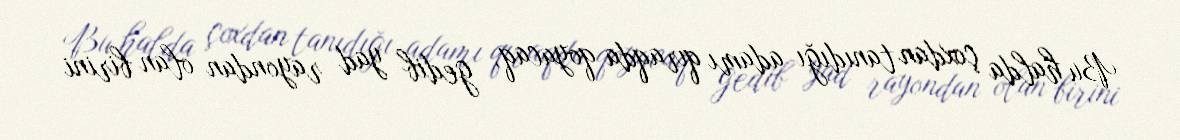
Bu halda çoxdan tanıdığı adamı qıraqda qoyacaq, gedib yad rayondan olan birini